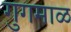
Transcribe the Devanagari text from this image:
गुगमाळ